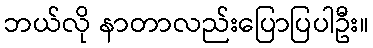
ဘယ်လို နာတာလည်းပြောပြပါဦး။